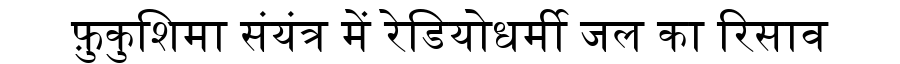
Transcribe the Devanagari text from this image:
फ़ुकुशिमा संयंत्र में रेडियोधर्मी जल का रिसाव